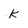
Character: k